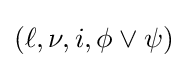
(\ell ,\nu ,i,\phi \lor \psi )